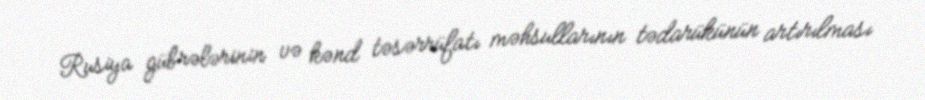
Rusiya gübrələrinin və kənd təsərrüfatı məhsullarının tədarükünün artırılması